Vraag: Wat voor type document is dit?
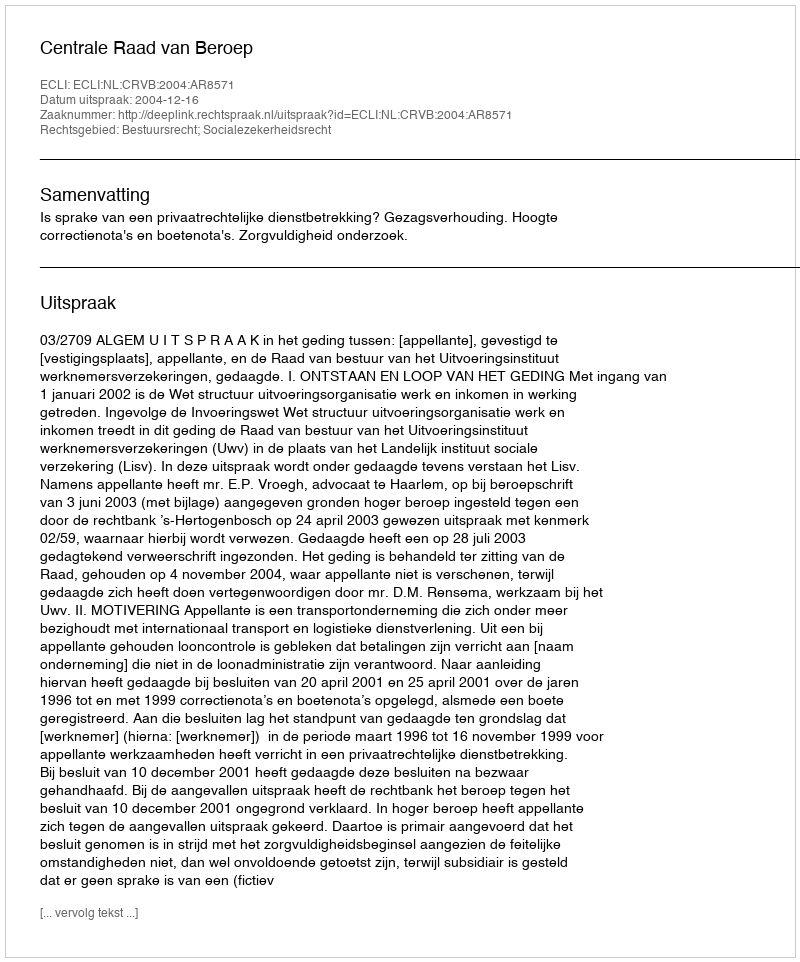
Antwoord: Uitspraak